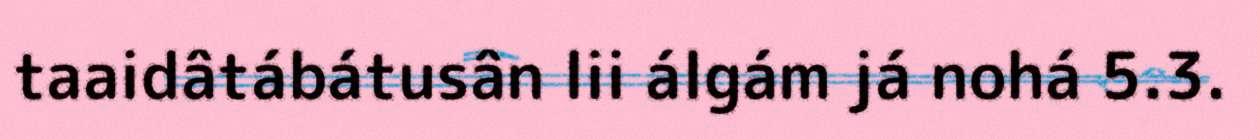
taaidâtábátusân lii álgám já nohá 5.3.